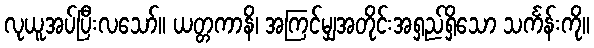
လုယူအပ်ပြီးလသော်။ ယတ္တကာနိ၊ အကြင်မျှအတိုင်းအရှည်ရှိသော သင်္ကန်းကို။